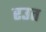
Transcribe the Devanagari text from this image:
रउत